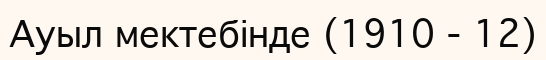
Ауыл мектебінде (1910 - 12)